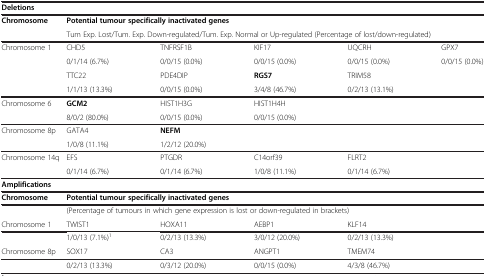
| <COLSPAN=6> Deletions |
 | --- | --- | --- | --- | --- | --- |
 | <ROWSPAN=2> Chromosome | <COLSPAN=4> Potential tumour specifically inactivated genes |  |
 | <COLSPAN=4> Tum Exp. Lost/Tum. Exp. Down-regulated/Tum. Exp. Normal or Up-regulated (Percentage of lost/down-regulated) |  |
 | <ROWSPAN=4> Chromosome 1 | CHD5 | TNFRSF1B | KIF17 | UQCRH | GPX7 |
 | 0/1/14 (6.7%) | 0/0/15 (0.0%) | 0/0/15 (0.0%) | 0/0/15 (0.0%) | 0/0/15 (0.0%) |
 | TTC22 | PDE4DIP | RGS7 | TRIM58 |  |
 | 1/1/13 (13.3%) | 0/0/15 (0.0%) | 3/4/8 (46.7%) | 0/2/13 (13.1%) |  |
 | <ROWSPAN=2> Chromosome 6 | GCM2 | HIST1H3G | HIST1H4H |  |  |
 | 8/0/2 (80.0%) | 0/0/15 (0.0%) | 0/0/15 (0.0%) |  |  |
 | <ROWSPAN=2> Chromosome 8p | GATA4 | NEFM |  |  |  |
 | 1/0/8 (11.1%) | 1/2/12 (20.0%) |  |  |  |
 | <ROWSPAN=2> Chromosome 14q | EFS | PTGDR | C14orf39 | FLRT2 |  |
 | 0/1/14 (6.7%) | 0/1/14 (6.7%) | 1/0/8 (11.1%) | 0/1/14 (6.7%) |  |
 | <COLSPAN=6> Amplifications |
 | Chromosome | <COLSPAN=4> Potential tumour specifically inactivated genes |  |
 |  | <COLSPAN=4> (Percentage of tumours in which gene expression is lost or down-regulated in brackets) |  |
 | Chromosome 1 | TWIST1 | HOXA11 | AEBP1 | KLF14 |  |
 |  | 1/0/13 (7.1%)1 | 0/2/13 (13.3%) | 3/0/12 (20.0%) | 0/2/13 (13.3%) |  |
 | Chromosome 8p | SOX17 | CA3 | ANGPT1 | TMEM74 |  |
 |  | 0/2/13 (13.3%) | 0/3/12 (20.0%) | 0/0/15 (0.0%) | 4/3/8 (46.7%) |  |